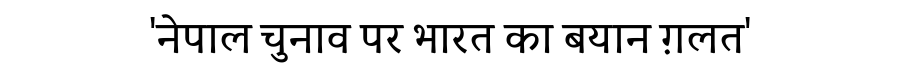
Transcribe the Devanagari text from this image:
'नेपाल चुनाव पर भारत का बयान ग़लत'